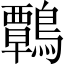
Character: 鷣